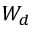
W _ { d }